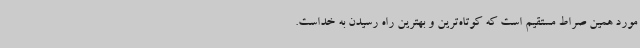
مورد همین صراط مستقیم است که کوتاه‌ترین و بهترین راه رسیدن به خداست.